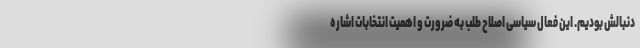
دنبالش بودیم. این فعال سیاسی اصلاح طلب به ضرورت و اهمیت انتخابات اشاره